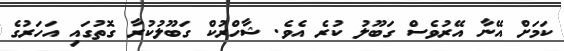
ކަމަށް އޭނާ އޭރުވެސް ގަބޫލު ކުރެ އެވެ. ޝާހްރުކް ގަބޫލުކުރާ ގޮތުގައި އަހަރުގެ